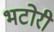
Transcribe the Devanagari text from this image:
भटोरी